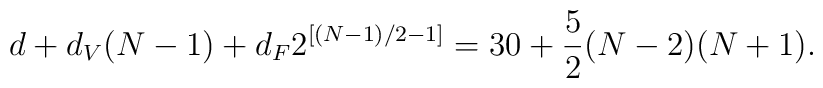
d + d_{V} (N-1) + d_{F} 2^{[(N-1)/2 - 1]}= 30 +\frac{5}{2} (N-2)(N+1).